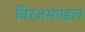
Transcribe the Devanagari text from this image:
विरजमण्डल